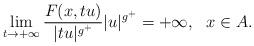
LaTeX: \begin{align*}\lim\limits_{t\rightarrow +\infty}\frac{F(x,tu)}{\vert tu\vert^{g^+}}\vert u\vert^{g^+}=+\infty,\ \ x\in A.\end{align*}